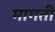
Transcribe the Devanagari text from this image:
मागती